Civil Veterinary Dept. North-West Frontier Province 1933-46 - 1933-1946
Year: 1933
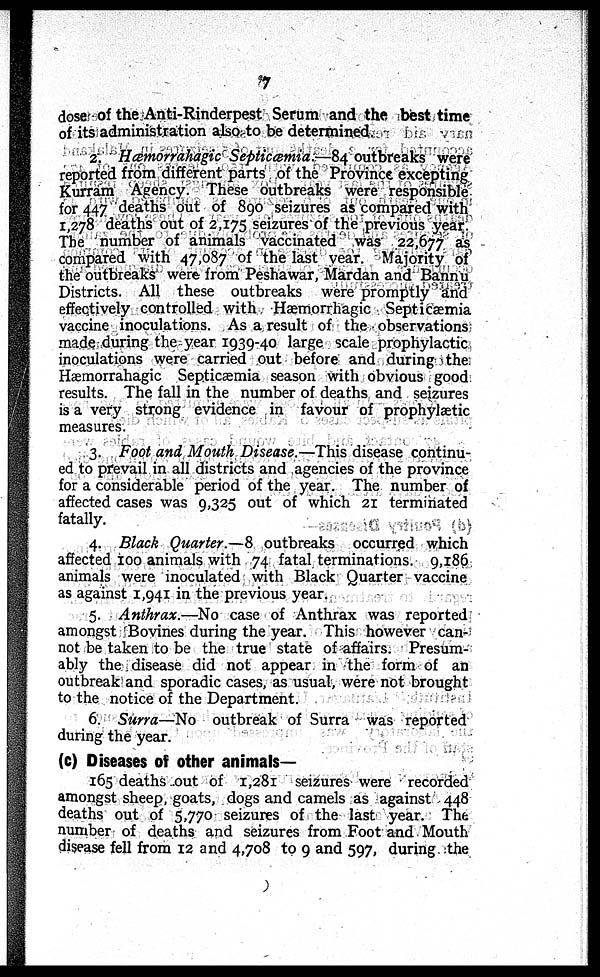
7
dose of the Anti-Rinderpest Serum and the best time
of its administration also to be determined.
2. Hæmorrahagic Septiæmia.—84 outbreaks were
reported from different parts of the Province excepting
Kurram Agency. These outbreaks were responsible
for 447 deaths out of 890 seizures as compared with
1,278 deaths out of 2,175 seizures of the previous year.
The number of animals vaccinated was 22,677 as
compared with 47,087 of the last year. Majority of
the outbreaks were from Peshawar, Mardan and Bannu
Districts. All these outbreaks were promptly and
effectively controlled with Hæmorrhagic Septicæmia
vaccine inoculations. As a result of the observations
made during the year 1939-40 large scale prophylactic
inoculations were carried out before and during the
Hæmorrahagic Septicæmia season with obvious good
results. The fall in the number of deaths and seizures
is a very strong evidence in favour of prophylætic
measures.
3. Foot and Mouth Disease.—This disease continu-
ed to prevail in all districts and agencies of the province
for a considerable period of the year. The number of
affected cases was 9,325 out of which 21 terminated
fatally.
4. Black Quarter.—8 outbreaks occurred which
affected 100 animals with 74 fatal terminations. 9,186
animals were inoculated with Black Quarter vaccine
as against 1,941 in the previous year.
5. Anthrax.—No case of Anthrax was reported
amongst Bovines during the year. This however can-
not be taken to be the true state of affairs. Presum-
ably the disease did not appear in the form of an
outbreak and sporadic cases, as usual, were not brought
to the notice of the Department.
6. Surra—No outbreak of Surra was reported
during the year.
(c) Diseases of other animals—
165 deaths out of 1,281 seizures were recorded
amongst sheep, goats, dogs and camels as against 448
deaths out of 5,770 seizures of the last year. The
number of deaths and seizures from Foot and Mouth
disease fell from 12 and 4,708 to 9 and 597, during the